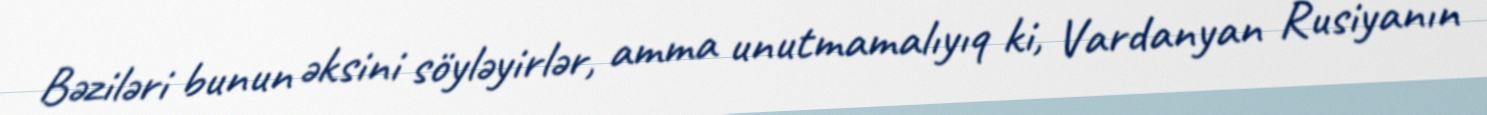
Bəziləri bunun əksini söyləyirlər, amma unutmamalıyıq ki, Vardanyan Rusiyanın